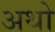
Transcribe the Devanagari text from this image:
अथो